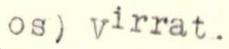
os) Virrat.